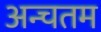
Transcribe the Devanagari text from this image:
अन्चतम